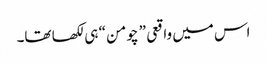
اس میں واقعی ” چومن “ ہی لکھا تھا۔